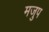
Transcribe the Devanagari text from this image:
मजुप